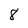
Character: 8